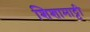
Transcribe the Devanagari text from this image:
शिशामाट्टी